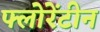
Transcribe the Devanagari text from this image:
फ्लोरेंटीन